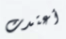
أعتدت